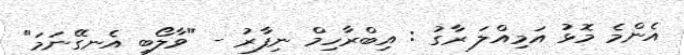
އެންމެ މޮޅު އަމިއްލަ ރާގު : އިބްރާހިމް ނިފާރު - "ވާލޯބި އެނގޭނަމަ"